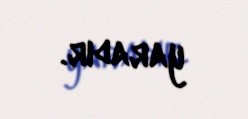
yaradır.